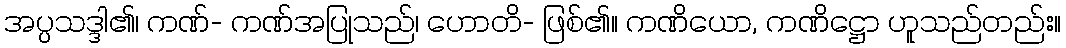
အပ္ပသဒ္ဒါ၏၊ ကဏ်- ကဏ်အပြုသည်၊ ဟောတိ- ဖြစ်၏။ ကဏိယော, ကဏိဋ္ဌော ဟူသည်တည်း။